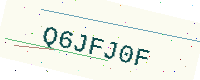
Text: Q6JFJ0F